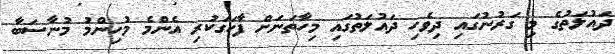
ދައުލަތުގެ މި ގަރުނުގައި ދިވެހި ދައުލަތުގައި މިހާތަނަށް ފާހަގަކުރި އެންމެ މުހިންމު މުނާސަބާ